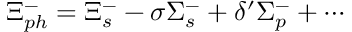
\Xi _ { p h } ^ { - } = \Xi _ { s } ^ { - } - \sigma \Sigma _ { s } ^ { - } + \delta ^ { \prime } \Sigma _ { p } ^ { - } + \cdots